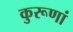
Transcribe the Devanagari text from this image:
कुरूणां